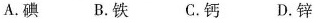
A.碘 B.铁 C.钙 D.锌